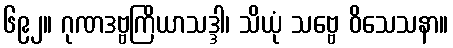
၆၉၂။ ဂုဏဒဗ္ဗကြိယာသဒ္ဒါ၊ သိယုံ သဗ္ဗေ ဝိသေသနာ။